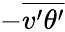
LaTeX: -\overline{{v^{\prime}\theta^{\prime}}}